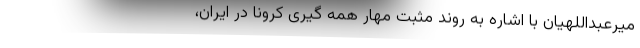
میرعبداللهیان با اشاره به روند مثبت مهار همه گیری کرونا در ایران،